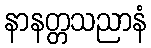
နာနတ္တသညာနံ